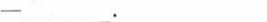
--___